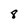
Character: 8